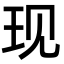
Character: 现